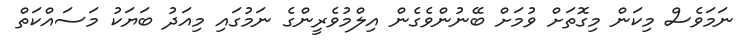
ނަމަވެސް މިކަން މިގޮތަށް ވުމަށް ބޭނުންވެގެން އިލްމުވެރީންގެ ނަމުގައި މިއަދު ބަޔަކު މަސައްކަތް